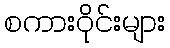
စကားဝိုင်းများ